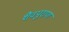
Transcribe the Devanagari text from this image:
शैवपुराण